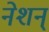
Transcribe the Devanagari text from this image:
नेशन्